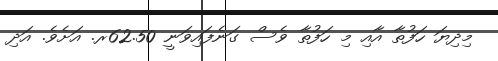
މިދިޔަ ހަފުތާ އާއި މި ހަފުތާ ވެސް ގަނެފައިވަނީ 62.50ރ. އަށެވެ. އަދި